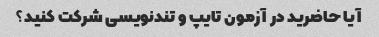
آیا حاضرید در آزمون تایپ و تندنویسی شرکت کنید؟